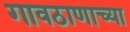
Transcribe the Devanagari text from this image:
गावठाणाच्या